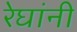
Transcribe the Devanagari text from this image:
रेघांनी